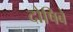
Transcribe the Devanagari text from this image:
दोषिबे